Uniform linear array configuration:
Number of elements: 4
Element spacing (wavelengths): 1
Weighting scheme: uniform
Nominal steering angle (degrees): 60
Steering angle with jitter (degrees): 61.93
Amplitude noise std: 0.05
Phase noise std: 0.05

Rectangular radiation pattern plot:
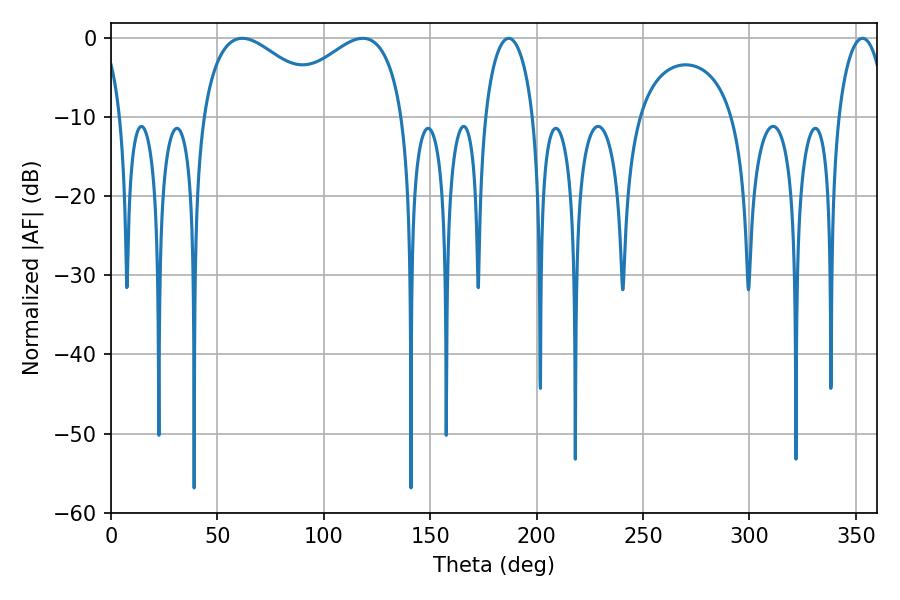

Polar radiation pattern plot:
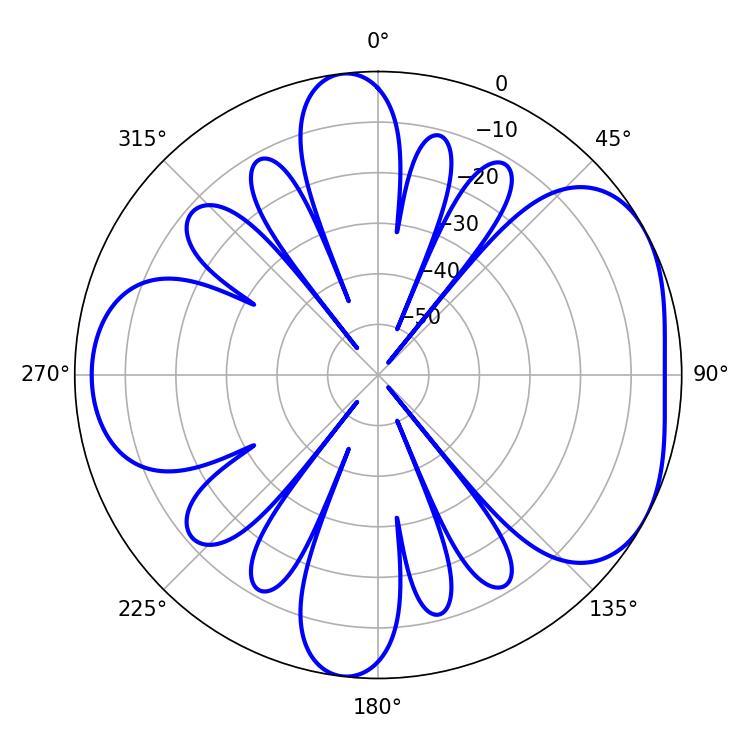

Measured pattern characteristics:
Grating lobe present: TRUE
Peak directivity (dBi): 4.811
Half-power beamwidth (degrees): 33.48
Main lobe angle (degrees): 61.74